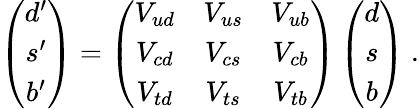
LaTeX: \left(\begin{array}{c}{{d^{\prime}}}\\ {{s^{\prime}}}\\ {{b^{\prime}}}\end{array}\right)=\left(\begin{array}{ccc}{{V_{ud}}}&{{V_{us}}}&{{V_{ub}}}\\ {{V_{cd}}}&{{V_{cs}}}&{{V_{cb}}}\\ {{V_{td}}}&{{V_{ts}}}&{{V_{tb}}}\end{array}\right)\left(\begin{array}{c}{{d}}\\ {{s}}\\ {{b}}\end{array}\right)~.